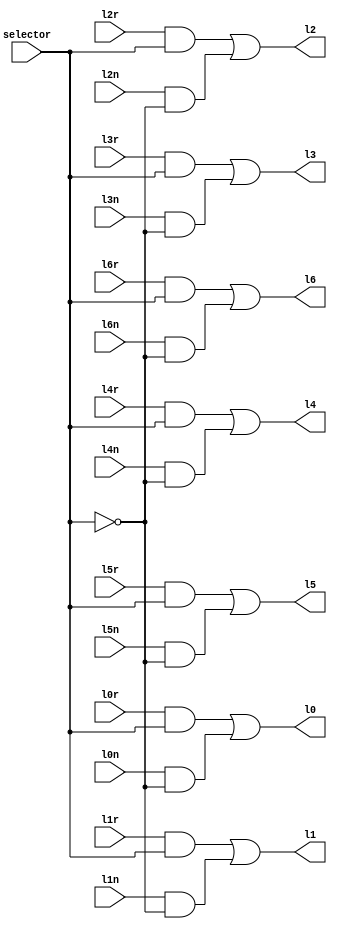
module multiplexador(l0, l1, l2, l3, l4, l5, l6, l0r, l1r, l2r, l3r, l4r, l5r, l6r, l0n, l1n, l2n, l3n, l4n, l5n, l6n, selector);

	// Declaração de portas 
	input l0r, l1r, l2r, l3r, l4r, l5r, l6r, l0n, l1n, l2n, l3n, l4n, l5n, l6n, selector;
	output l0, l1, l2, l3, l4, l5, l6;
	
	// Declaração de fios intermediários
	wire selector_, w0, w1, w2, w3, w4, w5, w6, w7, w8, w9, w10, w11, w12, w13;
	
	// Logica do circuito
	not not0 (selector_, selector);
	
	// Linha 0
	and and0 (w0, l0r, selector);
	and and1 (w1, l0n, selector_);
	or or0 (l0, w0, w1);
	
	// Linha 1
	and and2 (w2, l1r, selector);
	and and3 (w3, l1n, selector_);
	or or1 (l1, w2, w3,);
	
	// Linha 2
	and and4 (w4, l2r, selector);
	and and5 (w5, l2n, selector_);
	or or2 (l2, w4, w5,);
	
	// Linha 3
	and and6 (w6, l3r, selector);
	and and7 (w7, l3n, selector_);
	or or3 (l3, w6, w7);
	
	// Linha 4
	and and8 (w8, l4r, selector);
	and and9 (w9, l4n, selector_);
	or or4 (l4, w8, w9);
	
	// Linha 5
	and and10 (w10, l5r, selector);
	and and11 (w11, l5n, selector_);
	or or5 (l5, w10, w11);
	
	// Linha 6	
	and and12 (w12, l6r, selector);
	and and13 (w13,l6n, selector_);
	or or6 (l6, w12, w13);
	
endmodule